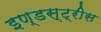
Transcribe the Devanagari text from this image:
इण्डस्ट्रीस